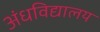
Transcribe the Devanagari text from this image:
अंधविद्यालय